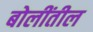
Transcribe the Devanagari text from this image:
बोलींतील